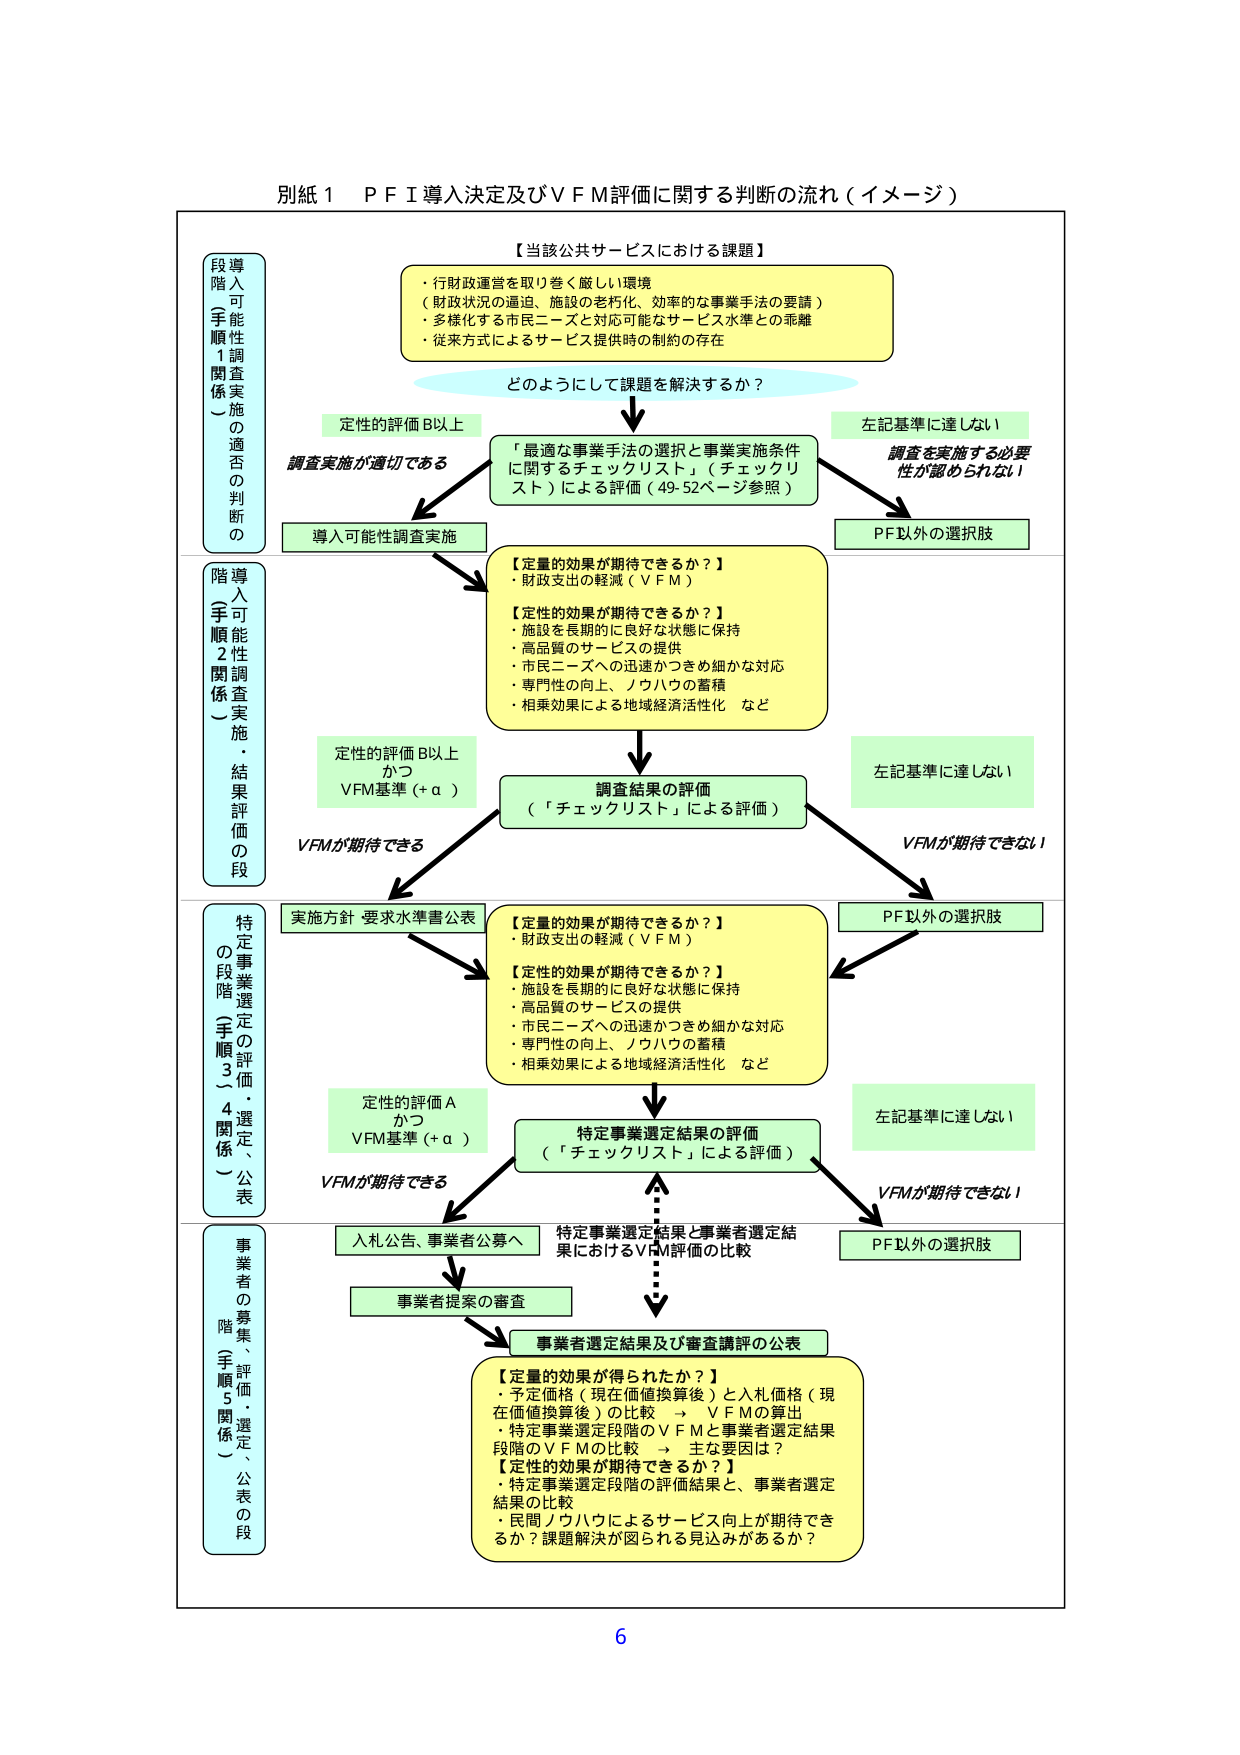
別紙１　ＰＦＩ導入決定及びＶＦＭ評価に関する判断の流れ（イメージ）

【当該公共サービスにおける課題】
・行財政運営を取り巻く厳しい環境
（財政状況の逼迫、施設の老朽化、効率的な事業手法の要請）
・多様化する市民ニーズと対応可能なサービス水準との乖離
・従来方式によるサービス提供時の制約の存在

どのようにして課題を解決するか？

導入可能性調査実施の段（手順1関係）
　→ 定性的評価B以上
　　調査実施が適切である
　→ 「最適な事業手法の選択と事業実施条件に関するチェックリスト」（チェックリスト）による評価（49-52ページ参照）
　→ 左記基準に達しない
　　調査を実施する必要性が認められない
　　PF以外の選択肢

導入可能性調査実施・結果評価の段（手順2関係）
　→ 【定量的効果が期待できるか？】
　　・財政支出の軽減（ＶＦＭ）
　→ 【定性的効果が期待できるか？】
　　・施設を長期的に良好な状態に保持
　　・高品質のサービスの提供
　　・市民ニーズへの迅速かつきめ細かな対応
　　・専門性の向上、ノウハウの蓄積
　　・相乗効果による地域経済活性化　など
　→ 定性的評価B以上かつVFM基準（＋α）
　　VFMが期待できる
　→ 調査結果の評価（「チェックリスト」による評価）
　→ 左記基準に達しない
　　VFMが期待できない
　→ PF以外の選択肢

特定事業選定の評価・選定、公表の段（手順3・4関係）
　→ 実施方針・要求水準書公表
　→ 【定量的効果が期待できるか？】
　　・財政支出の軽減（ＶＦＭ）
　→ 【定性的効果が期待できるか？】
　　・施設を長期的に良好な状態に保持
　　・高品質のサービスの提供
　　・市民ニーズへの迅速かつきめ細かな対応
　　・専門性の向上、ノウハウの蓄積
　　・相乗効果による地域経済活性化　など
　→ 定性的評価AかつVFM基準（＋α）
　　VFMが期待できる
　→ 特定事業選定結果の評価（「チェックリスト」による評価）
　→ 左記基準に達しない
　　VFMが期待できない
　→ PF以外の選択肢

事業者の募集、評価・選定、公表の段（手順5関係）
　→ 入札公告、事業者公募へ
　→ 事業者提案の審査
　→ 特定事業選定結果と事業者選定結果におけるVFM評価の比較
　→ 事業者選定結果及び審査講評の公表
　→ 【定量的効果が得られたか？】
　　・予定価格（現在価値換算後）と入札価格（現在価値換算後）の比較　→　VFMの算出
　　・特定事業選定段階のVFMと事業者選定結果段階のVFMの比較　→　主な要因は？
　→ 【定性的効果が期待できるか？】
　　・特定事業選定段階の評価結果と、事業者選定結果の比較
　　・民間ノウハウによるサービス向上が期待できるか？課題解決が図られる見込みがあるか？

6